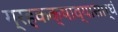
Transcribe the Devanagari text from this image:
ग्रहकक्षाव्यासार्धं